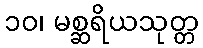
၁၀၊ မစ္ဆရိယသုတ္တ